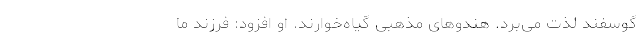
گوسفند لذت می‌برد. هندوهای مذهبی گیاه‌خوارند. او افزود: فرزند ما